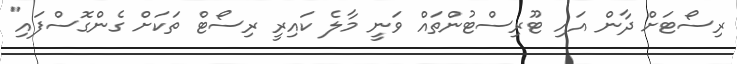
ރިސޯޓަށް ދާން އައި ޓޫރިސްޓުންތައް ވަނީ މާލެ ކައިރީ ރިސޯޓް ތަކަށް ގެންގޮސްފައި"